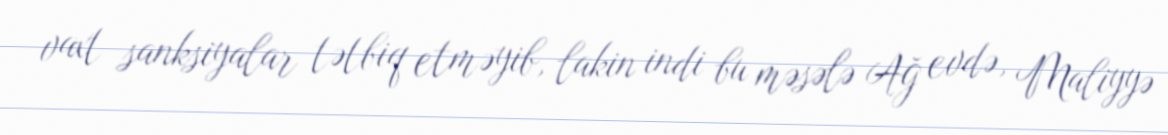
vaxt sanksiyalar tətbiq etməyib, lakin indi bu məsələ Ağ evdə, Maliyyə